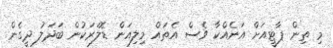
މި ތިން ޕާޓީއަށް އަނެއްކާ ވެސް އެތައް މިލިއަން ޑޮލަރަކުން ބަދަލު ދީގެން